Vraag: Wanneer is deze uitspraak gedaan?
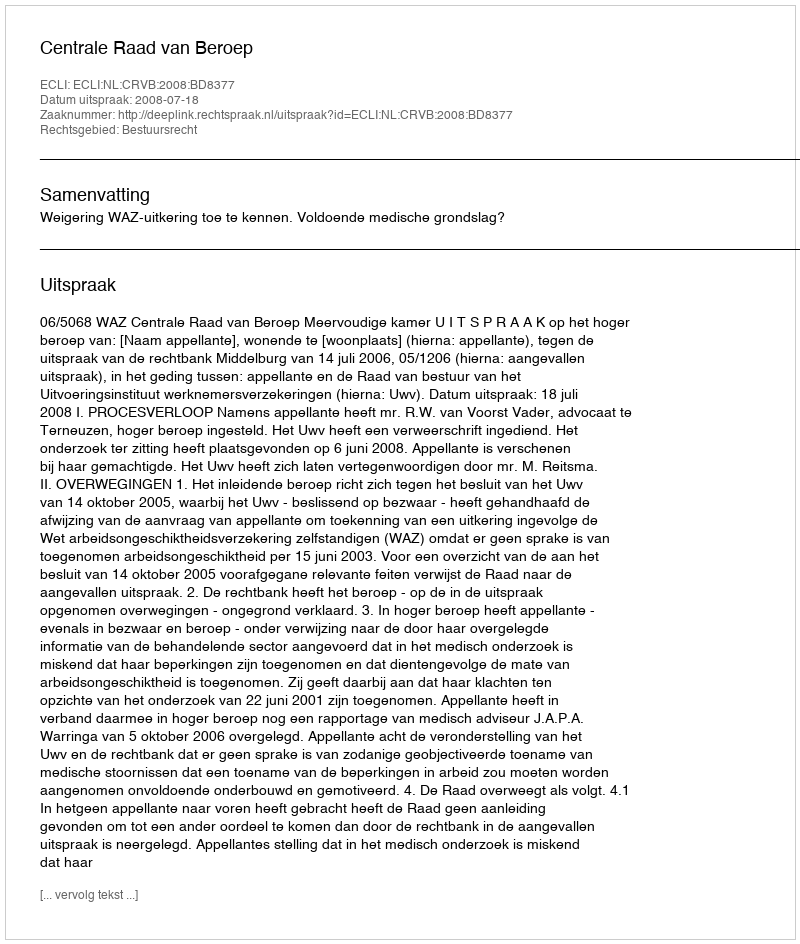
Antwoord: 2008-07-18